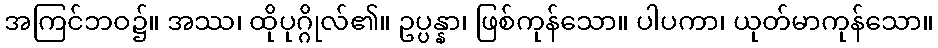
အကြင်ဘဝ၌။ အဿ၊ ထိုပုဂ္ဂိုလ်၏။ ဥပ္ပန္နာ၊ ဖြစ်ကုန်သော။ ပါပကာ၊ ယုတ်မာကုန်သော။